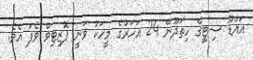
އައްޑޫ ސިޓީގެ ހިތަދޫން 24 އަހަރުގެ މީހަކު ވަނީ ޕޮޒިޓިވް ވެފަ އެވެ.